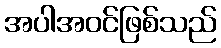
အပါအဝင်ဖြစ်သည်